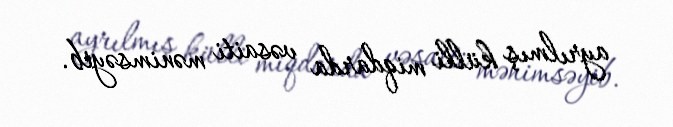
ayrılmış külli miqdarda vəsaiti mənimsəyib.